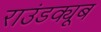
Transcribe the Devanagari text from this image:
राउंडक्यूब